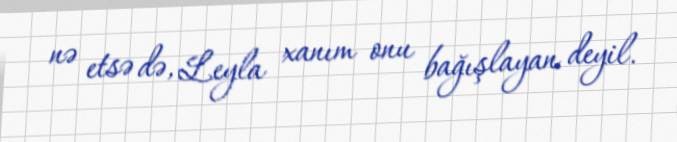
nə etsə də, Leyla xanım onu bağışlayan deyil.